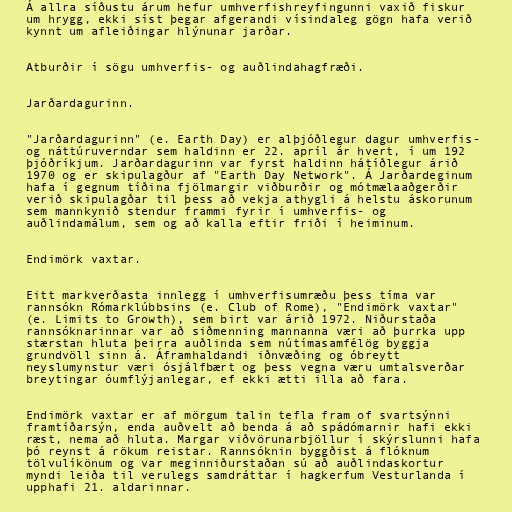
Á allra síðustu árum hefur umhverfishreyfingunni vaxið fiskur
um hrygg, ekki síst þegar afgerandi vísindaleg gögn hafa verið
kynnt um afleiðingar hlýnunar jarðar.

Atburðir í sögu umhverfis- og auðlindahagfræði.

Jarðardagurinn.

"Jarðardagurinn" (e. Earth Day) er alþjóðlegur dagur umhverfis-
og náttúruverndar sem haldinn er 22. apríl ár hvert, í um 192
þjóðríkjum. Jarðardagurinn var fyrst haldinn hátíðlegur árið
1970 og er skipulagður af "Earth Day Network". Á Jarðardeginum
hafa í gegnum tíðina fjölmargir viðburðir og mótmælaaðgerðir
verið skipulagðar til þess að vekja athygli á helstu áskorunum
sem mannkynið stendur frammi fyrir í umhverfis- og
auðlindamálum, sem og að kalla eftir friði í heiminum.

Endimörk vaxtar.

Eitt markverðasta innlegg í umhverfisumræðu þess tíma var
rannsókn Rómarklúbbsins (e. Club of Rome), "Endimörk vaxtar"
(e. Limits to Growth), sem birt var árið 1972. Niðurstaða
rannsóknarinnar var að siðmenning mannanna væri að þurrka upp
stærstan hluta þeirra auðlinda sem nútímasamfélög byggja
grundvöll sinn á. Áframhaldandi iðnvæðing og óbreytt
neyslumynstur væri ósjálfbært og þess vegna væru umtalsverðar
breytingar óumflýjanlegar, ef ekki ætti illa að fara.

Endimörk vaxtar er af mörgum talin tefla fram of svartsýnni
framtíðarsýn, enda auðvelt að benda á að spádómarnir hafi ekki
ræst, nema að hluta. Margar viðvörunarbjöllur í skýrslunni hafa
þó reynst á rökum reistar. Rannsóknin byggðist á flóknum
tölvulíkönum og var meginniðurstaðan sú að auðlindaskortur
myndi leiða til verulegs samdráttar í hagkerfum Vesturlanda í
upphafi 21. aldarinnar.